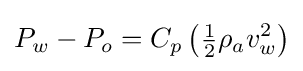
P_{w}-P_{o}=C_{p}\left({\tfrac {1}{2}}\rho _{a}v_{w}^{2}\right)